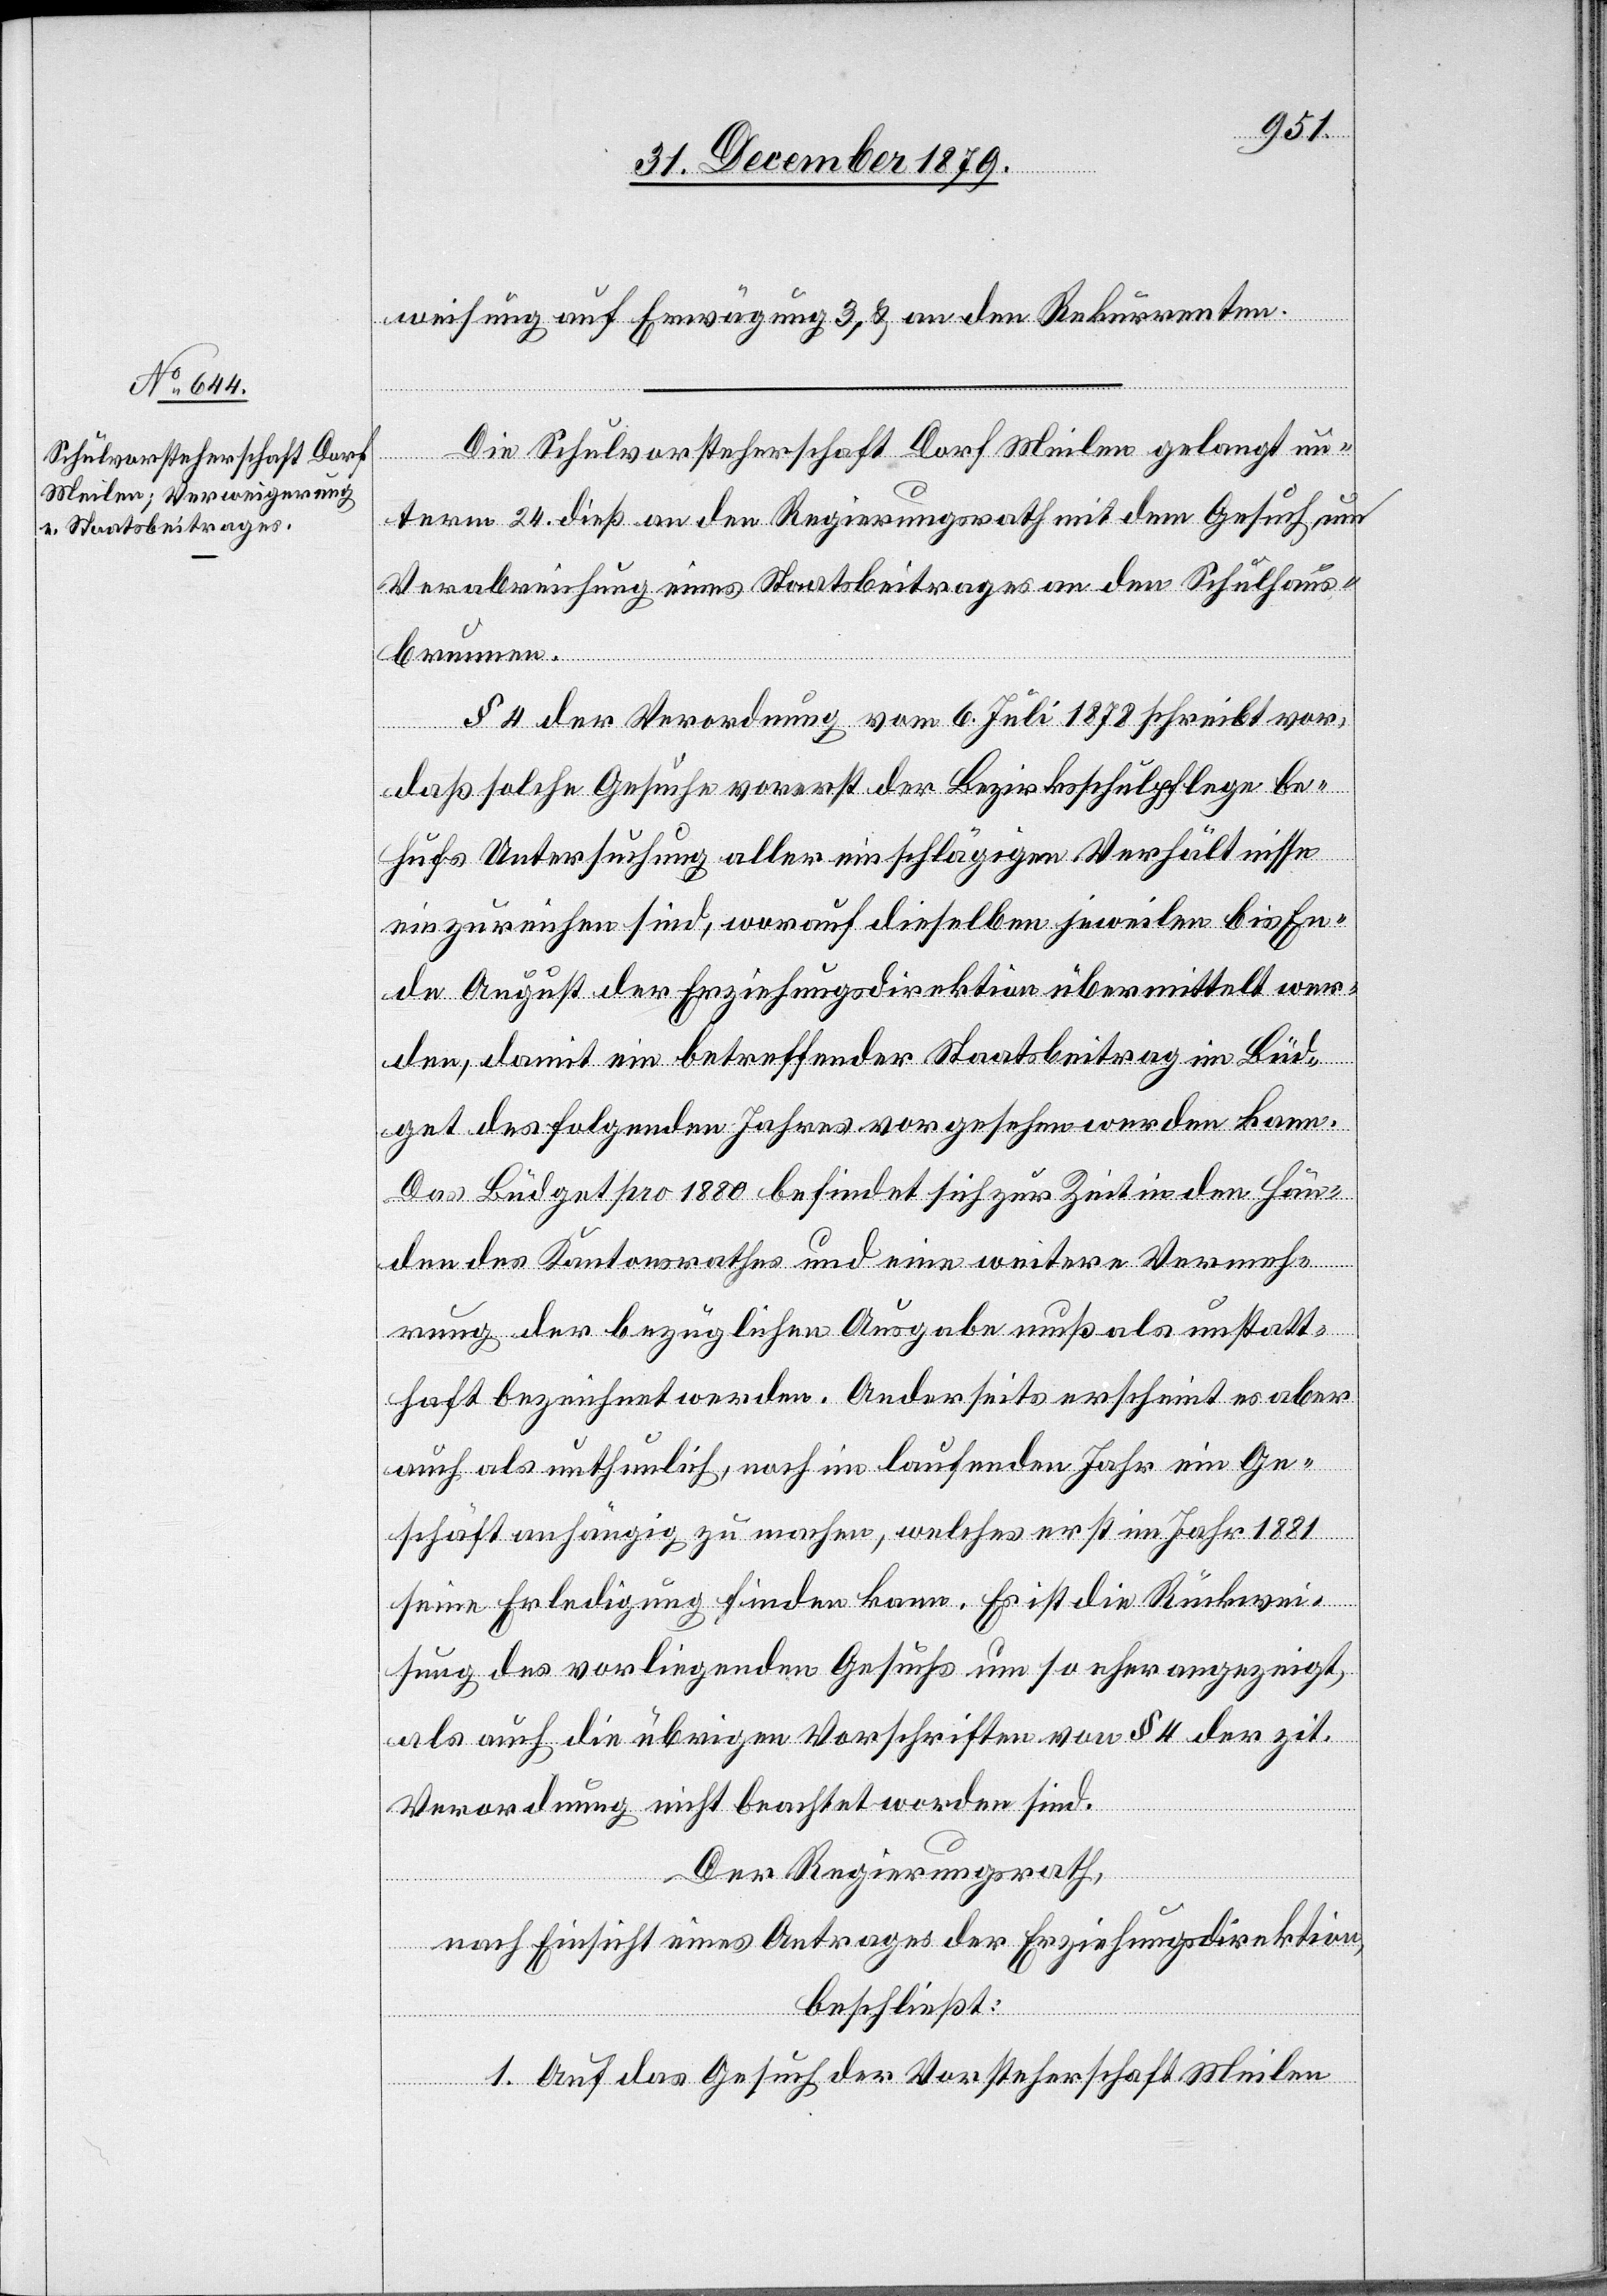
weisung auf Erwägung 3, & an den Rekurrenten.
Die Schulvorsteherschaft Dorf Meilen gelangt un¬
term 24. dieß an den Regierungsrath mit dem Gesuch um
Verabreichung eines Staatsbeitrages an den Schulhaus¬
brunnen.
§ 4 der Verordnung vom 6. Juli 1878 schreibt vor,
daß solche Gesuche vorerst der Bezirksschulpflege be¬
hufs Untersuchung aller einschlägigen Verhältnisse
einzureichen sind worauf dieselben jeweilen bis En¬
de August der Erziehungsdirektion übermittelt wer¬
den, damit ein betreffender Staatsbeitrag im Büd¬
get des folgenden Jahres vorgesehen werden kann.
Das Büdget pro 1880 befindet sich zur Zeit in den Hän¬
den des Kantonsrathes und eine weitere Verneh¬
mung der bezüglichen Ausgabe muß als unstatt¬
haft bezeichnet werden. Anderseits erscheint es aber
auch als unthunlich, noch im laufenden Jahr ein Ge¬
schäft anhängig zu machen, welches erst im Jahr 1881
seine Erledigung finden kann. Es ist die Rückwei¬
sung des vorliegenden Gesuchs um so eher angezeigt,
als auch die übrigen Vorschriften von § 4 der zit.
Verordnung nicht beachtet worden sind.
Der Regierungsrath,
nach Einsicht eines Antrages der Erziehungsdirektion,
beschließt:
1. Auf das Gesuch der Vorsteherschaft Meilen